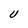
Character: U